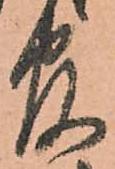
官